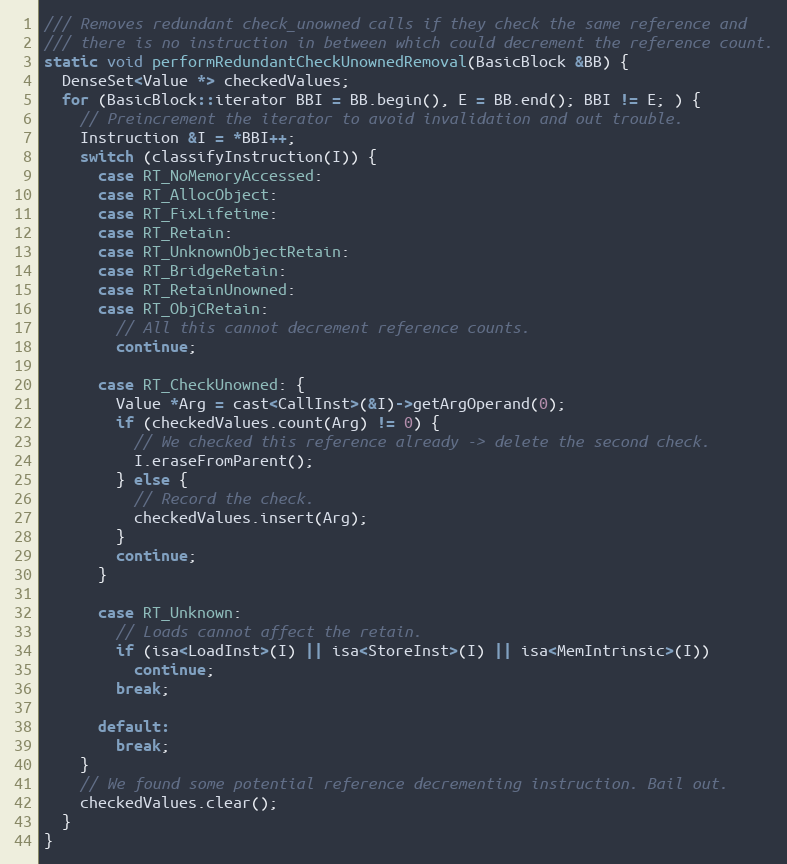
Language: C++
/// Removes redundant check_unowned calls if they check the same reference and
/// there is no instruction in between which could decrement the reference count.
static void performRedundantCheckUnownedRemoval(BasicBlock &BB) {
  DenseSet<Value *> checkedValues;
  for (BasicBlock::iterator BBI = BB.begin(), E = BB.end(); BBI != E; ) {
    // Preincrement the iterator to avoid invalidation and out trouble.
    Instruction &I = *BBI++;
    switch (classifyInstruction(I)) {
      case RT_NoMemoryAccessed:
      case RT_AllocObject:
      case RT_FixLifetime:
      case RT_Retain:
      case RT_UnknownObjectRetain:
      case RT_BridgeRetain:
      case RT_RetainUnowned:
      case RT_ObjCRetain:
        // All this cannot decrement reference counts.
        continue;

      case RT_CheckUnowned: {
        Value *Arg = cast<CallInst>(&I)->getArgOperand(0);
        if (checkedValues.count(Arg) != 0) {
          // We checked this reference already -> delete the second check.
          I.eraseFromParent();
        } else {
          // Record the check.
          checkedValues.insert(Arg);
        }
        continue;
      }

      case RT_Unknown:
        // Loads cannot affect the retain.
        if (isa<LoadInst>(I) || isa<StoreInst>(I) || isa<MemIntrinsic>(I))
          continue;
        break;

      default:
        break;
    }
    // We found some potential reference decrementing instruction. Bail out.
    checkedValues.clear();
  }
}